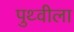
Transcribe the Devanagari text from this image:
पुथ्वीला